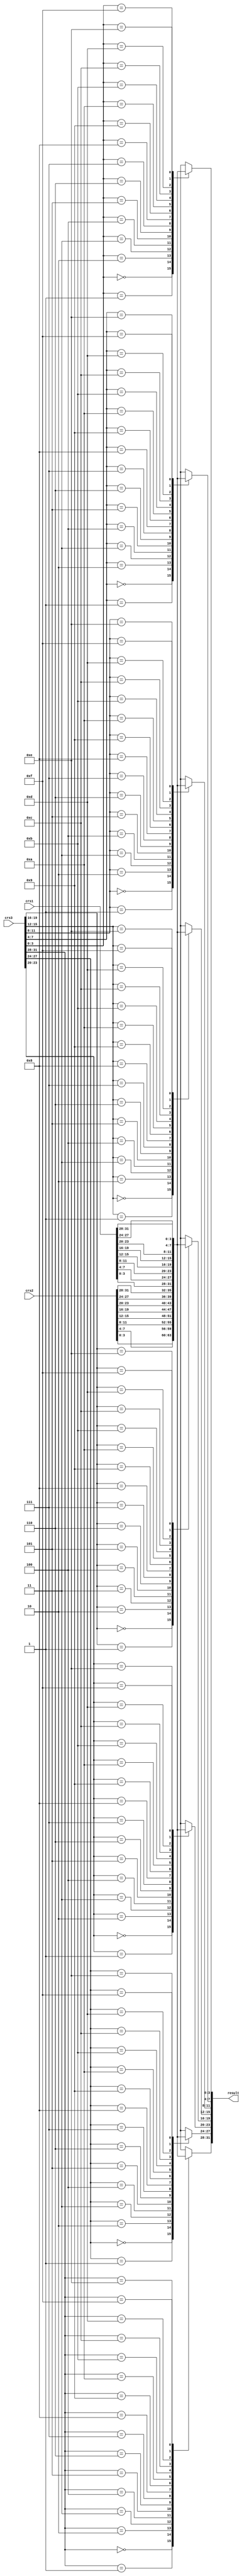
// This program was cloned from: https://github.com/scarv/xcrypto
// License: MIT License


//
// module: b_lut
//
//  Implements the core logic for the xc.lut instruction.
//
module b_lut (

input  wire [31:0] crs1  , // Source register 1 (LUT input)
input  wire [31:0] crs2  , // Source register 2 (LUT bottom half)
input  wire [31:0] crs3  , // Source register 3 (LUT top half)

output wire [31:0] result  //

);


wire [ 3:0] lut_arr [15:0];
wire [63:0] lut_con = {crs1, crs2};

genvar i;
generate for (i = 0; i < 16; i = i + 1) begin

    assign lut_arr[i] = lut_con[4*i+3:4*i];

end endgenerate


genvar j;
generate for (j = 0; j < 8; j = j + 1) begin

    assign result[4*j+3:4*j] = lut_arr[crs3[4*j+3:4*j]];

end endgenerate

endmodule